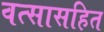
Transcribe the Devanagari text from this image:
वत्सासहित